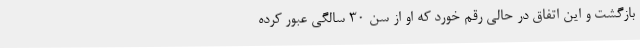
بازگشت و این اتفاق در حالی رقم خورد که او از سن ۳۰ سالگی عبور کرده